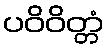
ပဝိဝိတ္တံ